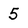
Character: 5